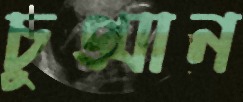
চুপ্‌সান